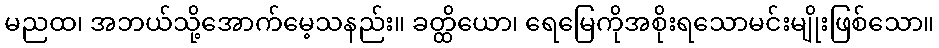
မညထ၊ အဘယ်သို့အောက်မေ့သနည်း။ ခတ္ထိယော၊ ရေမြေကိုအစိုးရသောမင်းမျိုးဖြစ်သော။